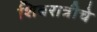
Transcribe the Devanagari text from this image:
शिवरात्रीचे